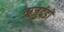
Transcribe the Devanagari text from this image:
ऋजुदंडों